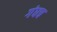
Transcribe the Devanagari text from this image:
गंधच